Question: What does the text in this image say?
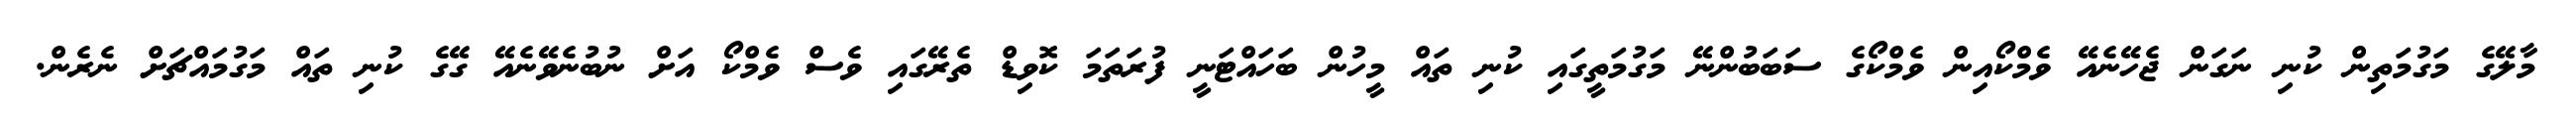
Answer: މާލޭގެ މަގުމަތިން ކުނި ނަގަން ޖެހޭނެއޭ ވެމްކޯއިން ވެމްކޯގެ ސަބަބުންނޭ މަގުމަތީގައި ކުނި ތައް މީހުން ބަހައްޓަނީ ފުރަތަމަ ކޮވިޑް ތެރޭގައި ވެސް ވެމްކޯ އަށް ނުބުނެވޭނެއޭ ގޭގެ ކުނި ތައް މަގުމައްޗަށް ނެރެން.